Indian journal of veterinary science and animal husbandry - Volume 10,
Year: 1940
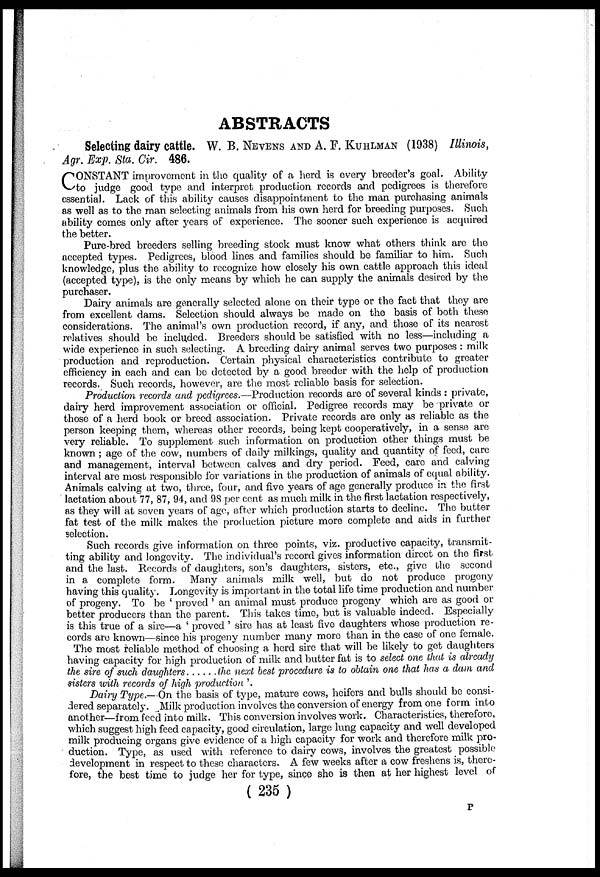
ABSTRACTS
Selecting dairy cattle. W. B. NEVENS AND A. F. KUHLMAN (1938) Illinois,
Agr. Exp. Sta. Cir. 486.
C ONSTANT improvement in the quality of a herd is every breeder's goal. Ability
to judge good type and interpret production records and pedigrees is therefore
essential. Lack of this ability causes disappointment to the man purchasing animals
as well as to the man selecting animals from his own herd for breeding purposes. Such
ability comes only after years of experience. The sooner such experience is acquired
the better.
Pure-bred breeders selling breeding stock must know what others think are the
accepted types. Pedigrees, blood lines and families should be familiar to him. Such
knowledge, plus the ability to recognize how closely his own cattle approach this ideal
(accepted type), is the only means by which he can supply the animals desired by the
purchaser.
Dairy animals are generally selected alone on their type or the fact that they are
from excellent dams. Selection should always be made on the basis of both these
considerations. The animal's own production record, if any, and those of its nearest
relatives should be included. Breeders should be satisfied with no less—including a
wide experience in such selecting. A breeding dairy animal serves two purposes : milk
production, and reproduction. Certain physical characteristics contribute to greater
efficiency in each and can be detected by a good breeder with the help of production
records. Such records, however, are the most reliable basis for selection.
Production records and -pedigrees.—Production records are of several kinds : private,
dairy herd improvement association or official. Pedigree records may be private or
those of a herd book or breed association. Private records are only as reliable as the
person keeping them, whereas other records, being kept cooperatively, in a sense are
very reliable. To supplement such information on production other things must be
known ; age of the cow, numbers of daily milkings, quality and quantity of feed, care
and management, interval between calves and dry period. Feed, care and calving
interval are most responsible for variations in the production of animals of equal ability.
Animals calving at two, three, four, and five years of age generally produce in the first
lactation about 77, 87, 94, and 98 per cent as much milk in the first lactation respectively,
as they will at seven years of age, after which production starts to decline. The butter
fat test of the milk makes the production picture more complete and aids in further
selection.
Such records give information on three points, viz. productive capacity, transmit-
ting ability and longevity. The individual's record gives information direct on the first
and the last. Records of daughters, son's daughters, sisters, etc., give the second
in a complete form.
Many animals milk well, but do not produce progeny
having this quality. Longevity is important in the total life time production and number
of progeny. To be ' proved ' an animal must produce progeny which are as good or
better producers than the parent. This takes time, but is valuable indeed. Especially
is this true of a sire—a ' proved' sire has at least five daughters whose production re-
cords are known—since his progeny number many more than in the case of one female.
The most reliable method of choosing a herd sire that will be likely to get daughters
having capacity for high production of milk and butter fat is to select one that is already
the sire of such daughters
the next best procedure is to obtain one that has a dam and
sisters with records of high production '.
Dairy Type.—On the basis of type, mature cows, heifers and bulls should be consi-
dered separately. Milk production involves the conversion of energy from one form into
another—from feed into milk. This conversion involves work. Characteristics, therefore,
which suggest high feed capacity, good circulation, large lung capacity and well developed
milk producing organs give evidence of a high capacity for work and therefore milk pro-
duction. Type, as used with reference to dairy cows, involves the greatest possible
development in respect to these characters. A few weeks after a cow freshens is, there-
fore, the best time to judge her for type, since she is then at her highest level of
( 235 )
P